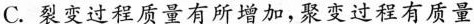
C.裂变过程质量有所增加，聚变过程有质量